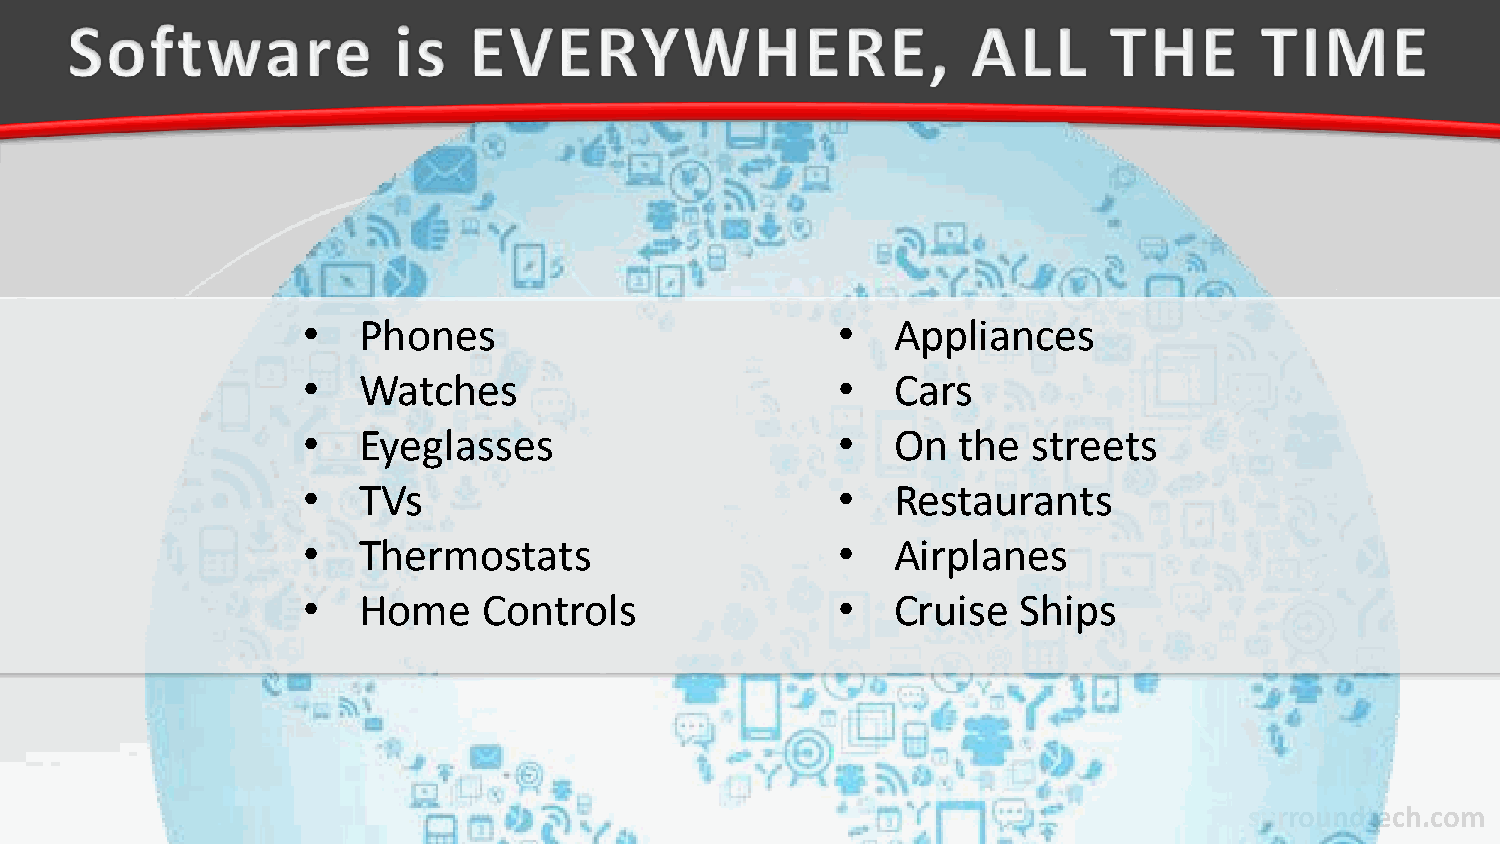
•   Phones                         •   Appliances
 •   Watches                        •   Cars
 •   Eyeglasses                     •   On  the  streets
 •   TVs                            •   Restaurants
 •   Thermostats                    •   Airplanes
 •   Home    Controls               •   Cruise   Ships
 surroundtech.com